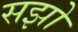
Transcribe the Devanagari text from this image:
सझो